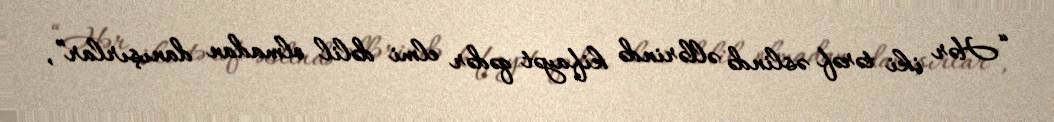
“Hər iki tərəf əslində əllərində kifayət qədər elmi dəlil olmadan danışırlar”,